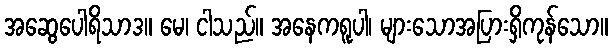
အဆွေပေါရိသာဒ။ မေ၊ ငါသည်။ အနေကရူပါ၊ များသောအပြားရှိကုန်သော။